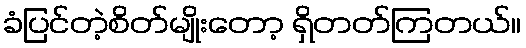
ခံပြင်တဲ့စိတ်မျိုးတော့ ရှိတတ်ကြတယ်။